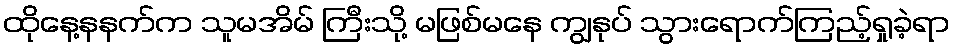
ထိုနေ့နနက်က သူမအိမ် ကြီးသို့ မဖြစ်မနေ ကျွနုပ် သွားရောက်ကြည့်ရှုခဲ့ရာ